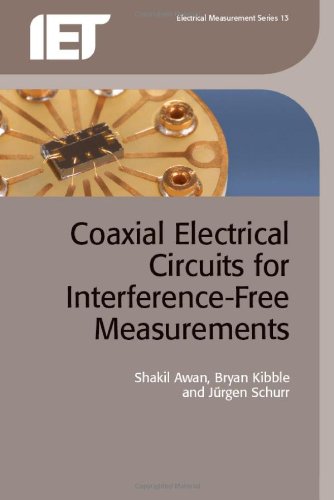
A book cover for Coaxial Electrical Circuits for Interference-Free Measurements (Iet Electrical Measurement); Shakil Awan; Engineering & Transportation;